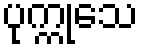
ပုက္ကုသေ